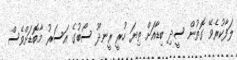
ލަފާކުރެވޭ ގޮތުން ސީދި ބިޑާއަށް ތިޔަ ހުރީ ރީނދޫ ސޯބުގެ އަސަރު މާބޮޑަށްވެސް